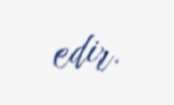
edir.